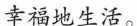
幸福地生活。